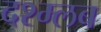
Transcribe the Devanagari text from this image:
दश्म्लब